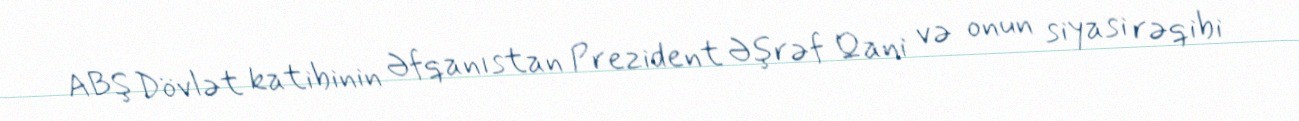
ABŞ Dövlət katibinin Əfqanıstan Prezident Əşrəf Qani və onun siyasi rəqibi